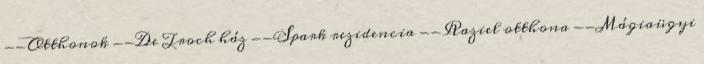
--Otthonok --De Troch ház --Spark rezidencia --Raziel otthona --Mágiaügyi